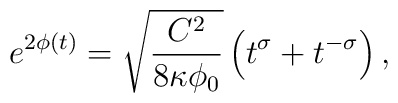
e^{2\phi(t)} = \sqrt{\frac{C^2}{8\kappa\phi_0}}    \left( t^\sigma + t^{-\sigma} \right),